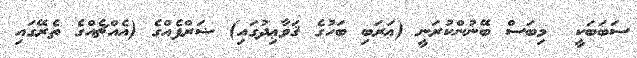
ސަބަބަކީ  މިބަސް ބޭނުންކުރަނީ (ޢަރަބި ބަހުގެ ޤަވާޢިދުގައި) ޟަރްފެއްގެ (އެއްޗެއްގެ ތެރޭގައި